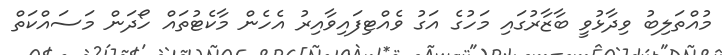
މުއްތަލިބު ވިދާޅުވީ ބާޒާރުގައި މަހުގެ އަގު ވެއްޓިފައިވާއިރު އެހެން މާކެޓުތައް ހޯދަން މަސައްކަތް